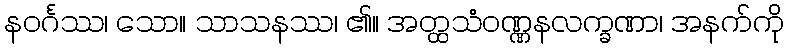
နဝင်္ဂဿ၊ သော။ သာသနဿ၊ ၏။ အတ္ထသံဝဏ္ဏနလက္ခဏာ၊ အနက်ကို